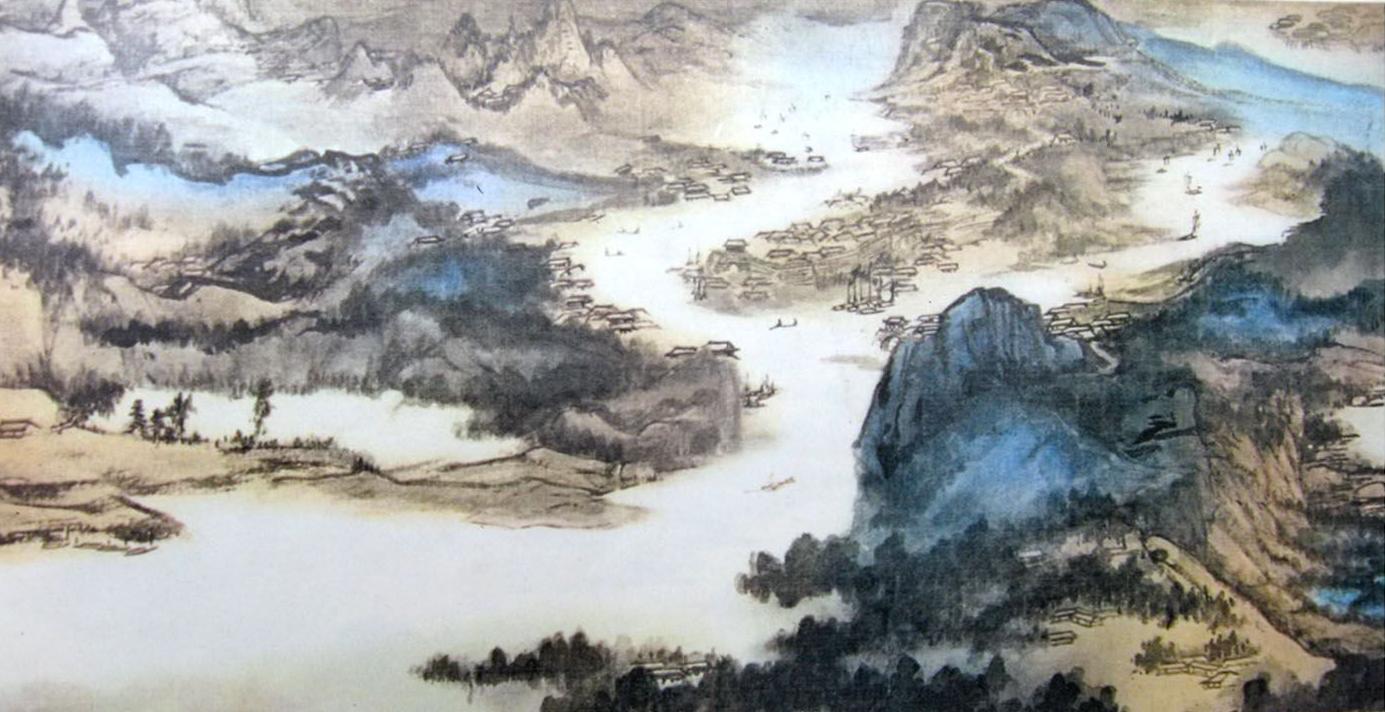
长江万里东注，晓吹卷惊涛。